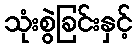
သုံးစွဲခြင်းနှင့်